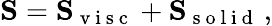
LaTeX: \mathbf{S}=\mathbf{S}_{\mathrm{~v~i~s~c~}}+\mathbf{S}_{\mathrm{~s~o~l~i~d~}}\, ,